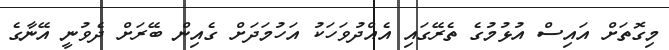
މިގޮތަށް އައިސް އުޅުމުގެ ތެރޭގައި އެއްދުވަހަކު އަހުމަދަށް ގެއިން ބޭރަށް ދެވުނީ އޭނާގެ